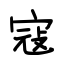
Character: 寇